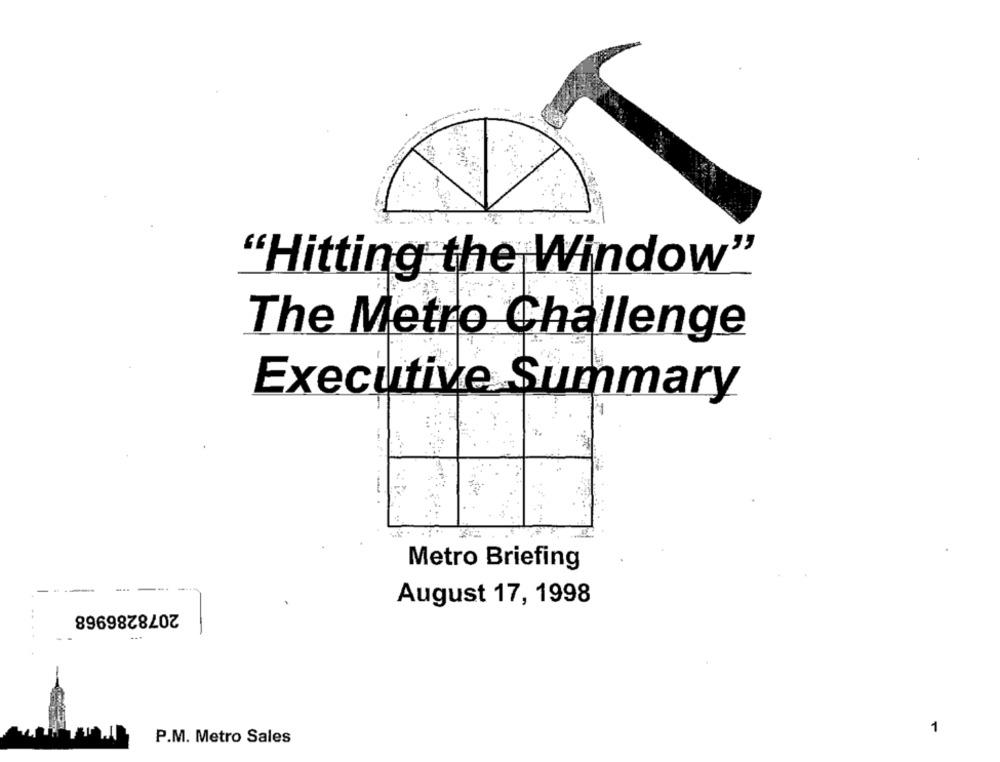
"Hitting the Window"
The Metro Challenge
Executive Summary
Metro Briefing
August 17, 1998
2078286968
1
P.M. Metro Sales